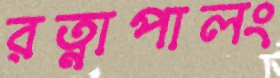
রত্নাপালং